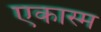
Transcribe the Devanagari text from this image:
एकास्म